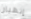
إنهيار